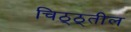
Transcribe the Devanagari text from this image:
चिठ्ठ्तील